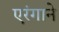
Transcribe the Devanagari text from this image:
एरंगाने